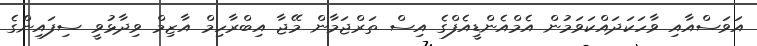
އަވަސްއާއި ވާހަކަދައްކަވަމުން އެމްއެންޑީއެފްގެ އިސް ތަރްޖަމާން މޭޖާ އިބްރާހިމް އާޒިމް ވިދާޅުވީ ސިފައިންގެ